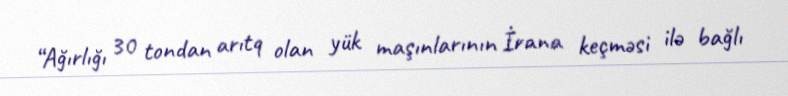
“Ağırlığı 30 tondan arıtq olan yük maşınlarının İrana keçməsi ilə bağlı